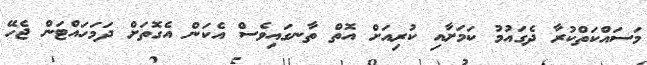
މަސައްކަތްކުރާ ދެގައުމު ކަމަށާއި ކުރިއަށް އޮތް ތާނގައިވެސް އެކަން އެގޮތަށް ދަމަހައްޓަން ޖެހޭ